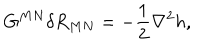
G ^ { M N } \delta R _ { M N } = - { \frac { 1 } { 2 } } \nabla ^ { 2 } h ,